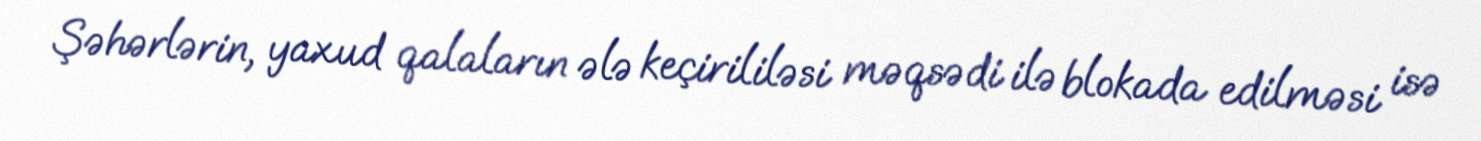
Şəhərlərin, yaxud qalaların ələ keçirililəsi məqsədi ilə blokada edilməsi isə